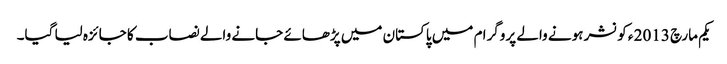
یکم مارچ 2013 ء کو نشر ہونے والے پروگرا م میں پاکستان میں پڑھائے جانے والے نصاب کا جائزہ لیا گیا۔